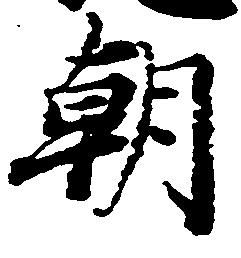
朝